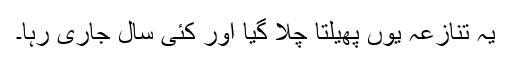
یہ تنازعہ یوں پھیلتا چلا گیا اور کئی سال جاری رہا۔